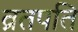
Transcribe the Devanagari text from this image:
व्रतपति